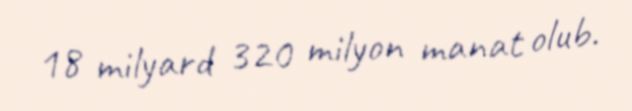
18 milyard 320 milyon manat olub.